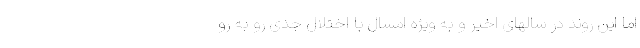
اما این روند در سالهای اخیر و به ویژه امسال با اختلال جدی رو به رو